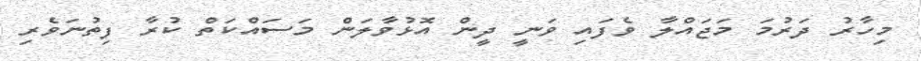
މިހާރު ދަރުމަ މަޖައްލާ ވެފައި ވަނީ ދީން އޮޅުވާލަން މަސައްކަތް ކުރާ ފިތުނަވެރި